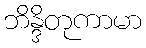
ဘိန္ဒိတုကာမာ